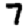
Digit: 7